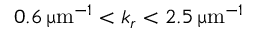
0 . 6 \, \upmu \mathrm { m } ^ { - 1 } < k _ { r } < 2 . 5 \, \upmu \mathrm { m } ^ { - 1 }